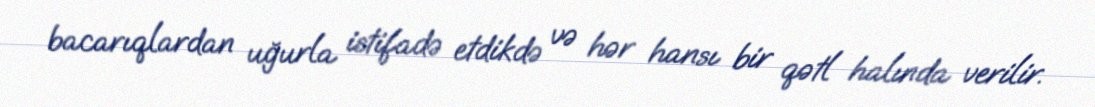
bacarıqlardan uğurla istifadə etdikdə və hər hansı bir qətl halında verilir.